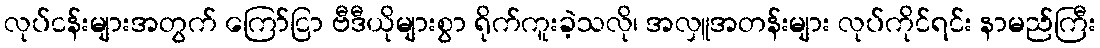
လုပ်ငန်းများအတွက် ကြော်ငြာ ဗီဒီယိုများစွာ ရိုက်ကူးခဲ့သလို၊ အလှူအတန်းများ လုပ်ကိုင်ရင်း နာမည်ကြီး